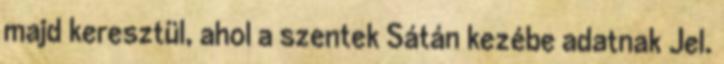
majd keresztül, ahol a szentek Sátán kezébe adatnak Jel.